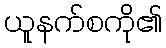
ယူနက်စကို၏